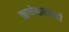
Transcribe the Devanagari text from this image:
ऋग्वेदामध्येही